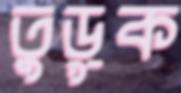
তুড়ুক